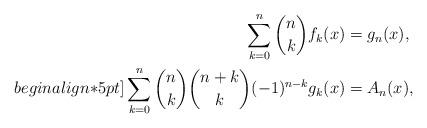
LaTeX: \begin{align*}\sum_{k=0}^n {n\choose k}f_k(x) &=g_n(x),\\begin{align*}5pt]\sum_{k=0}^n {n\choose k}{n+k\choose k}(-1)^{n-k}g_k(x) &=A_n(x),\end{align*}